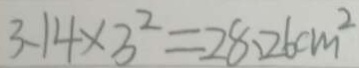
3 . 1 4 \times 3 ^ { 2 } = 2 8 . 2 6 c m ^ { 2 }